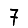
Digit: 7